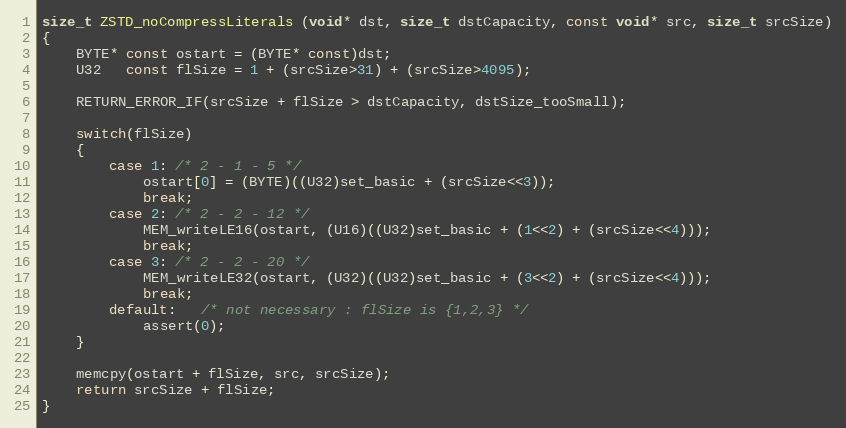
Language: C
size_t ZSTD_noCompressLiterals (void* dst, size_t dstCapacity, const void* src, size_t srcSize)
{
    BYTE* const ostart = (BYTE* const)dst;
    U32   const flSize = 1 + (srcSize>31) + (srcSize>4095);

    RETURN_ERROR_IF(srcSize + flSize > dstCapacity, dstSize_tooSmall);

    switch(flSize)
    {
        case 1: /* 2 - 1 - 5 */
            ostart[0] = (BYTE)((U32)set_basic + (srcSize<<3));
            break;
        case 2: /* 2 - 2 - 12 */
            MEM_writeLE16(ostart, (U16)((U32)set_basic + (1<<2) + (srcSize<<4)));
            break;
        case 3: /* 2 - 2 - 20 */
            MEM_writeLE32(ostart, (U32)((U32)set_basic + (3<<2) + (srcSize<<4)));
            break;
        default:   /* not necessary : flSize is {1,2,3} */
            assert(0);
    }

    memcpy(ostart + flSize, src, srcSize);
    return srcSize + flSize;
}